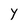
Character: Y